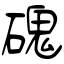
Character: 磈